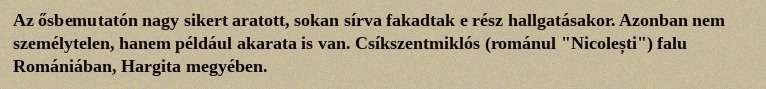
Az ősbemutatón nagy sikert aratott, sokan sírva fakadtak e rész hallgatásakor. Azonban nem személytelen, hanem például akarata is van. Csíkszentmiklós (románul "Nicolești") falu Romániában, Hargita megyében.